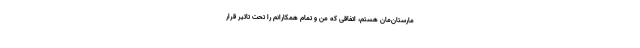
مارستانِ‌مان هستم، اتفاقی که من و تمام همکارانم را تحت تاثیر قرار